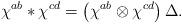
LaTeX: \begin{align*}\chi ^{ab}\ast \chi ^{cd}=\left( \chi ^{ab}\otimes \chi ^{cd}\right) \Delta .\end{align*}